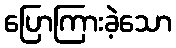
ပြောကြားခဲ့သော